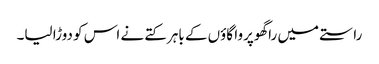
راستے میں راگھوپروا گاؤں کے باہر کتے نے اس کو دوڑا لیا۔